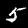
Label: 5